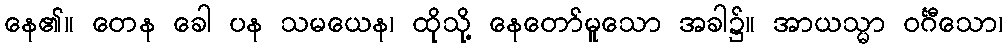
နေ၏။ တေန ခေါ ပန သမယေန၊ ထိုသို့ နေတော်မူသော အခါ၌။ အာယသ္မာ ဝင်္ဂီသော၊